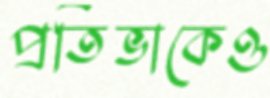
প্রতিভাকেও